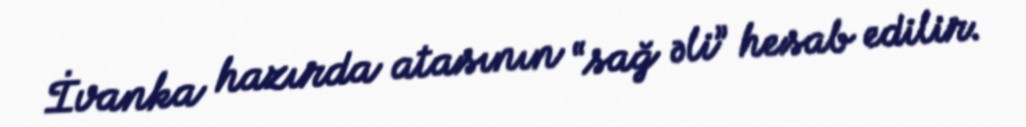
İvanka hazırda atasının “sağ əli” hesab edilir.